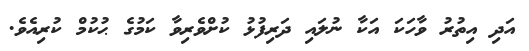
އަދި އިތުރު ވާހަކަ އަކާ ނުލައި ދަރިފުޅު ކުށްވެރިވާ ކަމުގެ ޙުކުމް ކުރިއެވެ.